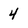
Character: 4